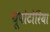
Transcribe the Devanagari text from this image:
यूपोटोरिया